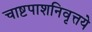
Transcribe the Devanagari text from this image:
चाष्टपाशनिवृत्तये